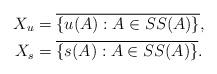
LaTeX: \begin{align*} X_u&=\overline{\{u(A): A\in\SS(A)\}}, \\ X_s&=\overline{\{s(A):A\in\SS(A)\}}. \end{align*}